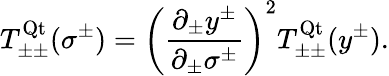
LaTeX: T_{\pm\pm}^{\mathrm{Qt}}(\sigma^{\pm})=\left(\frac{\partial_{\pm}y^{\pm}}{\partial_{\pm}\sigma^{\pm}}\right)^{2}T_{\pm\pm}^{\mathrm{Qt}}(y^{\pm}).